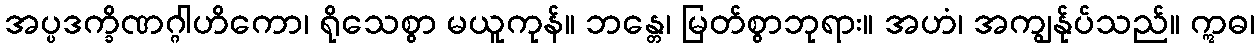
အပ္ပဒက္ခိဏဂ္ဂါဟိကော၊ ရိုသေစွာ မယူကုန်။ ဘန္တေ၊ မြတ်စွာဘုရား။ အဟံ၊ အကျွန်ုပ်သည်။ ဣဓ၊